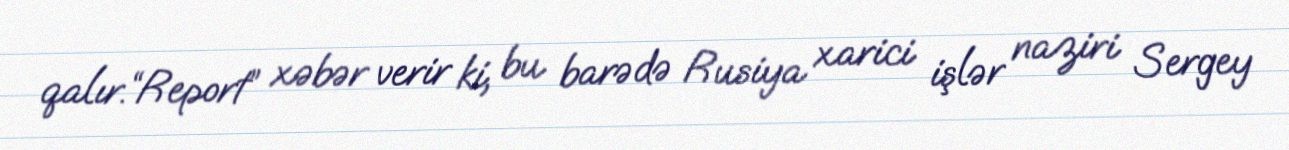
qalır.“Report” xəbər verir ki, bu barədə Rusiya xarici işlər naziri Sergey